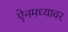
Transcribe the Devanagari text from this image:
ऐनमध्यावर